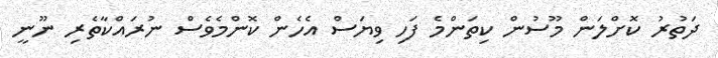
ދަތުރު ކޮށްލަން މޫސުން ކިތަންމެ ފަހި ވިޔަސް އެހެން ކޮންމެވެސް ނުރައްކާތެރި ނޫނީ